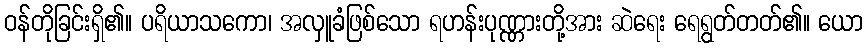
ဝန်တိုခြင်းရှိ၏။ ပရိယာသကော၊ အလှူခံဖြစ်သော ရဟန်းပုဏ္ဏားတို့အား ဆဲရေး ရေရွတ်တတ်၏။ ယော